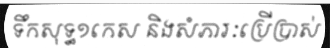
ទឹកសុទ្ធ១កេស និងសំភារៈប្រើប្រាស់